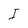
Character: I